Kambja_algkool, lk 60
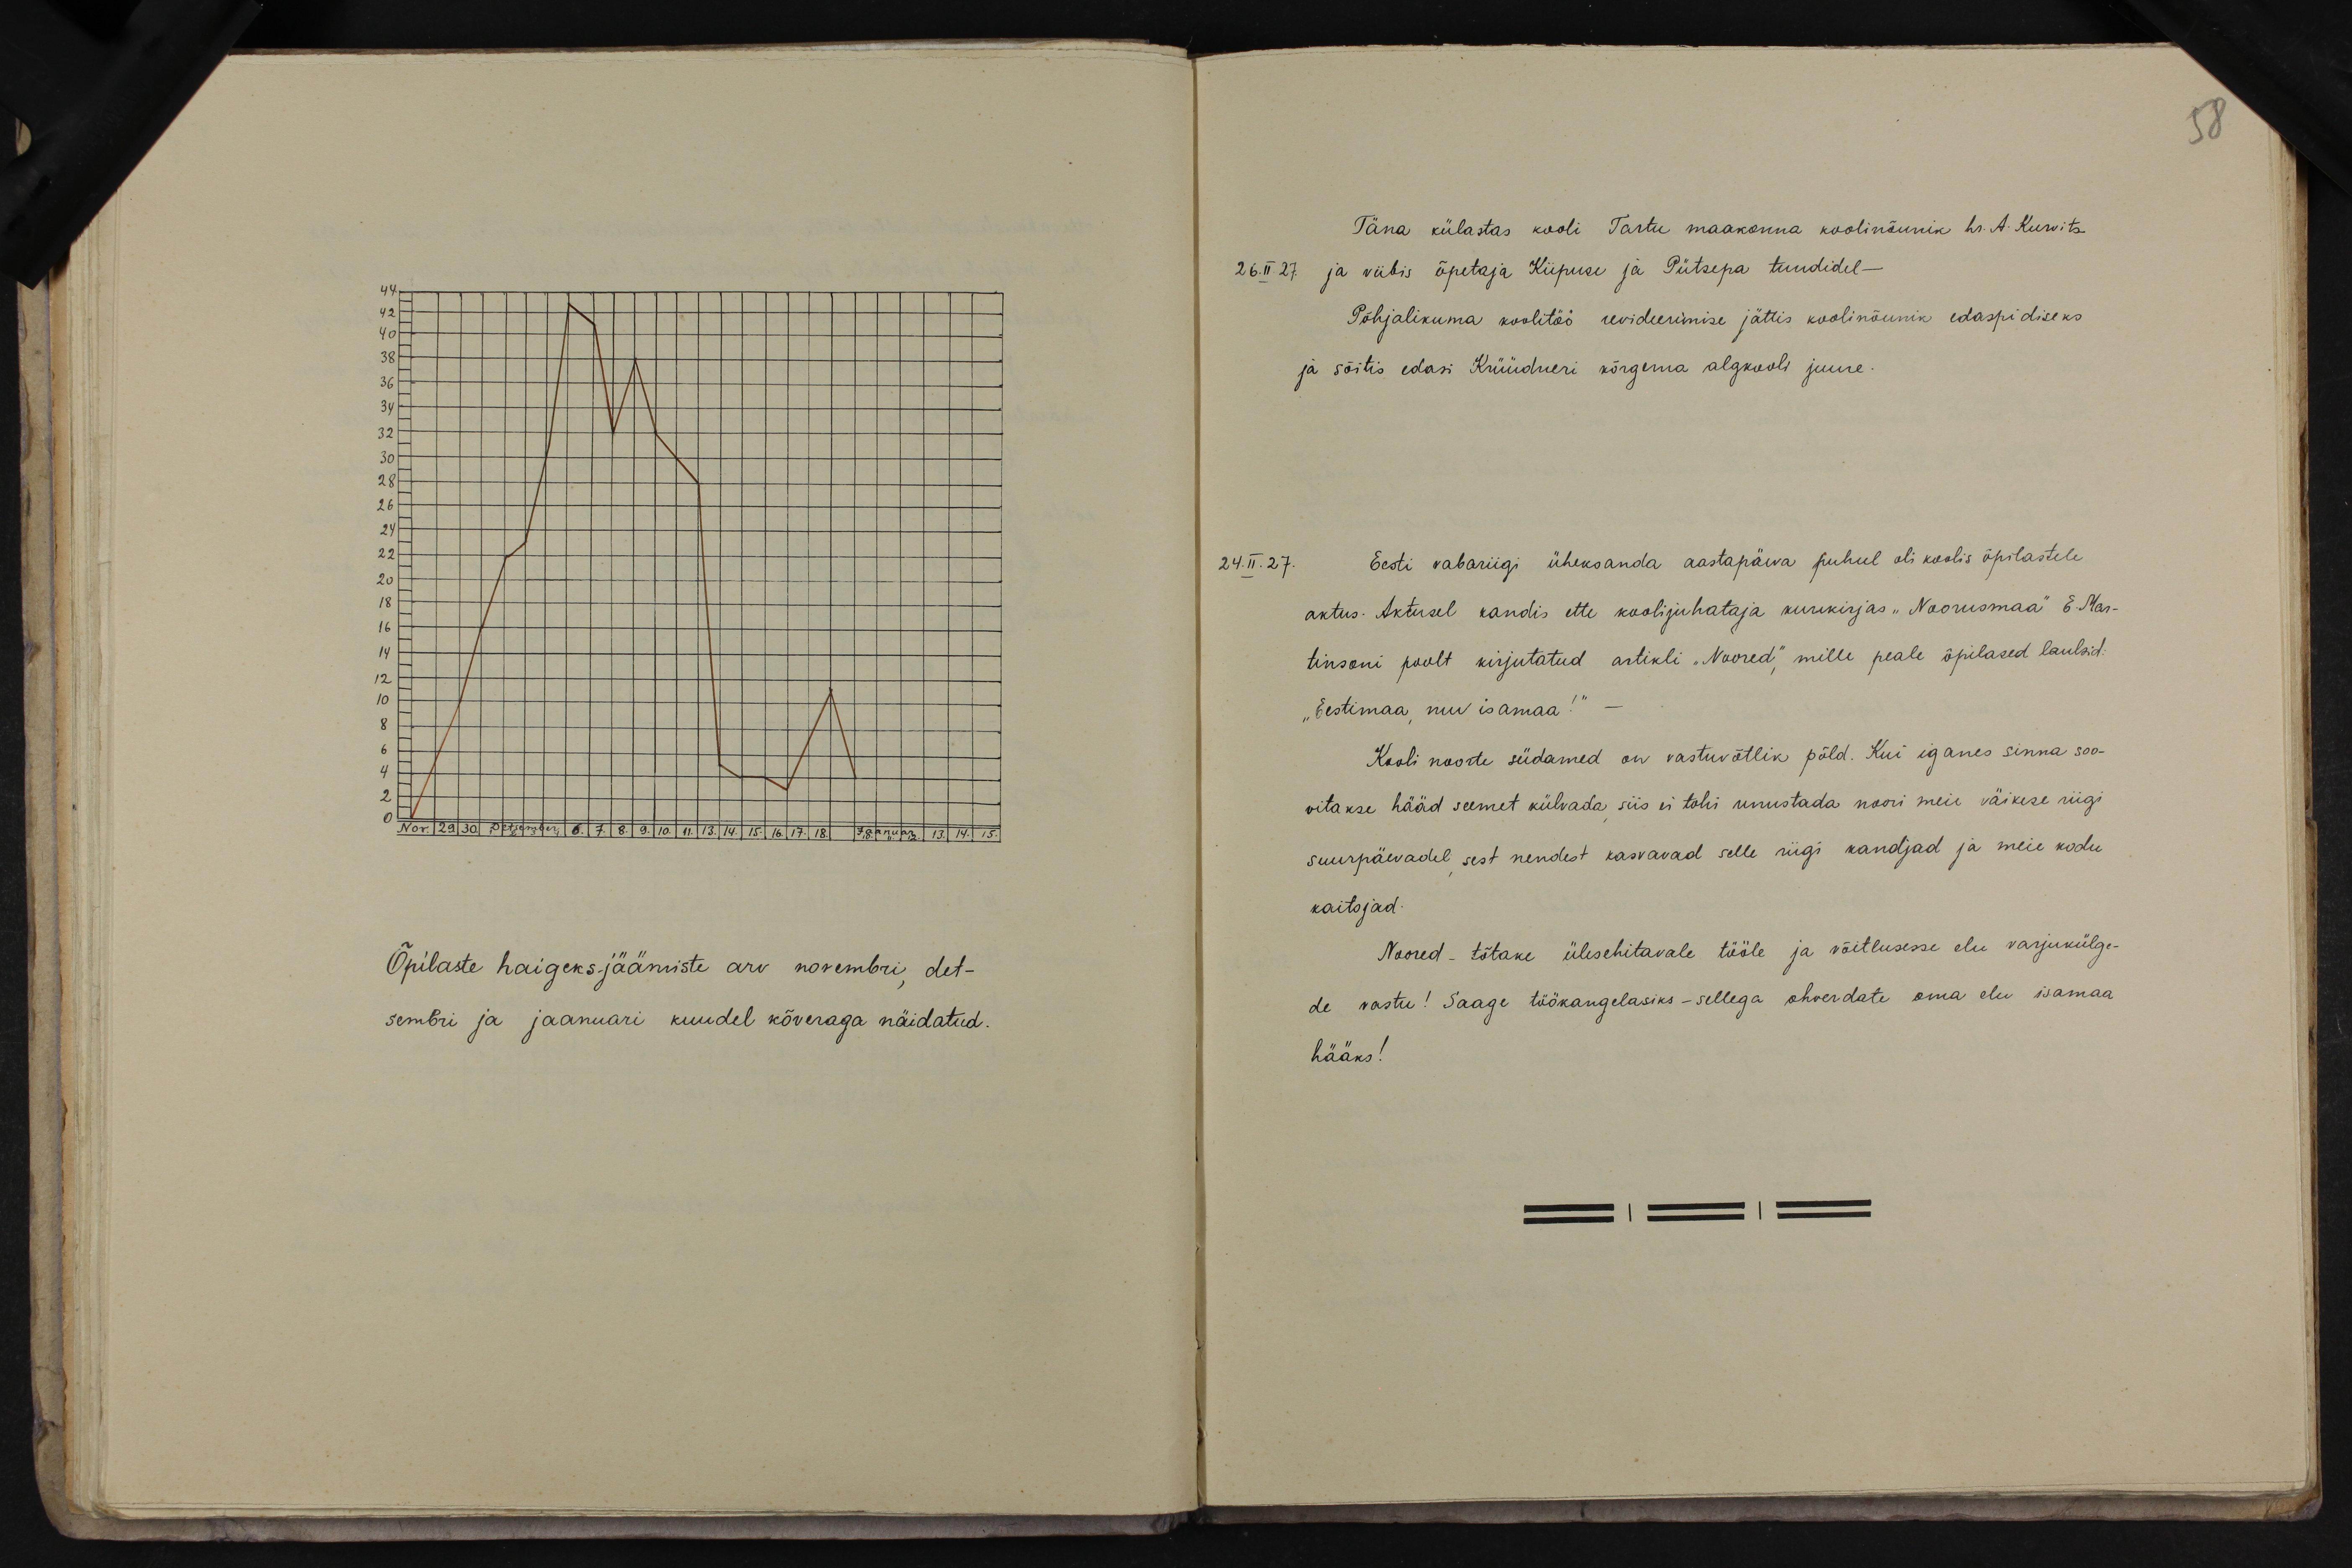
58
Täna külastas kooli Tartu maakonna koolinõunik hr. A. Kurvits
26.III.27 ja viibis õpetaja Kiipuse ja Pütsepa tundidel-
Põhjalikuma koolitöö revideerimise jättis koolinõunik edaspidiseks
ja sõitis edasi Krüüdneri kõrgema algkooli juure.
24.II.27. Eesti vabariigi üheksanda aastapäeva puhul oli koolis õpilastele
aktus. Aktusel kandis ette koolijuhataja kuurkirjas "Noorusmaa" E. Mar-
tinsoni poolt kirjutatud artikli "Noored", mille peale õpilased laulsid-
"Eestimaa suu isamaa!"
Kooli noorte südamed on vastuvõtlik põld. Kui iganes sinna soo-
vitakse hääd seemet külvada siis ei tohi unustada noori meie väikese riigi
suurpäevadel sest nendest kasvavad selle riigi kandjad ja meie kodu
kaitsjad.
Noored - tõtake ülesehitavale tööle ja võitlusesse elu varjukülge-
de vastu! Saage töökangelasiks - sellega ohverdate oma elu isamaa-
hääks!

Õpilaste haigeksjäämiste arv novembri det-
sembri ja jaanuari kuudel kõveraga näidatud.